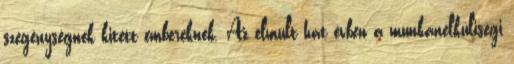
szegénységnek kitett embereknek. Az elmúlt hat évben a munkanélküliségi